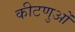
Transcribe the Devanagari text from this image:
कीटणुओं